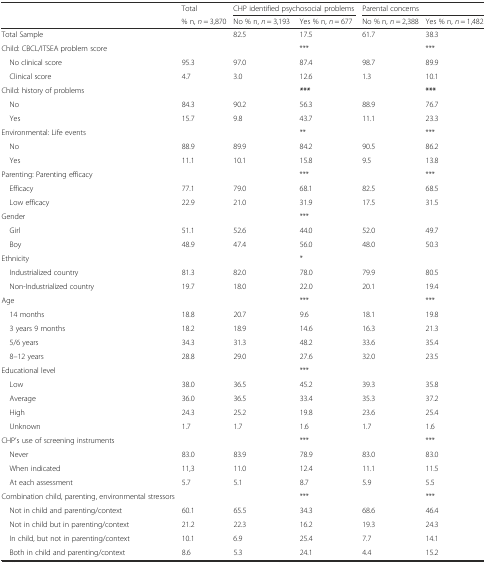
<table><thead><tr><td></td><td><b>Total</b></td><td colspan="2"><b>CHP identified psychosocial problems</b></td><td colspan="2"><b>Parental concerns</b></td></tr><tr><td></td><td><b>% n, <i>n</i> = 3,870</b></td><td><b>No % n, <i>n</i> = 3,193</b></td><td><b>Yes % n, <i>n</i> = 677</b></td><td><b>No % n, <i>n</i> = 2,388</b></td><td><b>Yes % n, <i>n</i> = 1,482</b></td></tr></thead><tbody><tr><td>Total Sample</td><td></td><td>82.5</td><td>17.5</td><td>61.7</td><td>38.3</td></tr><tr><td>Child: CBCL/ITSEA problem score</td><td></td><td></td><td>***</td><td></td><td>***</td></tr><tr><td> No clinical score</td><td>95.3</td><td>97.0</td><td>87.4</td><td>98.7</td><td>89.9</td></tr><tr><td> Clinical score</td><td>4.7</td><td>3.0</td><td>12.6</td><td>1.3</td><td>10.1</td></tr><tr><td>Child: history of problems</td><td></td><td></td><td><b><i>***</i></b></td><td></td><td><b>***</b></td></tr><tr><td> No</td><td>84.3</td><td>90.2</td><td>56.3</td><td>88.9</td><td>76.7</td></tr><tr><td> Yes</td><td>15.7</td><td>9.8</td><td>43.7</td><td>11.1</td><td>23.3</td></tr><tr><td>Environmental: Life events</td><td></td><td></td><td>**</td><td></td><td>***</td></tr><tr><td> No</td><td>88.9</td><td>89.9</td><td>84.2</td><td>90.5</td><td>86.2</td></tr><tr><td> Yes</td><td>11.1</td><td>10.1</td><td>15.8</td><td>9.5</td><td>13.8</td></tr><tr><td>Parenting: Parenting efficacy</td><td></td><td></td><td>***</td><td></td><td>***</td></tr><tr><td> Efficacy</td><td>77.1</td><td>79.0</td><td>68.1</td><td>82.5</td><td>68.5</td></tr><tr><td> Low efficacy</td><td>22.9</td><td>21.0</td><td>31.9</td><td>17.5</td><td>31.5</td></tr><tr><td>Gender</td><td></td><td></td><td>***</td><td></td><td></td></tr><tr><td> Girl</td><td>51.1</td><td>52.6</td><td>44.0</td><td>52.0</td><td>49.7</td></tr><tr><td> Boy</td><td>48.9</td><td>47.4</td><td>56.0</td><td>48.0</td><td>50.3</td></tr><tr><td>Ethnicity</td><td></td><td></td><td>*</td><td></td><td></td></tr><tr><td> Industrialized country</td><td>81.3</td><td>82.0</td><td>78.0</td><td>79.9</td><td>80.5</td></tr><tr><td> Non-Industrialized country</td><td>19.7</td><td>18.0</td><td>22.0</td><td>20.1</td><td>19.4</td></tr><tr><td>Age</td><td></td><td></td><td>***</td><td></td><td>***</td></tr><tr><td> 14 months</td><td>18.8</td><td>20.7</td><td>9.6</td><td>18.1</td><td>19.8</td></tr><tr><td> 3 years 9 months</td><td>18.2</td><td>18.9</td><td>14.6</td><td>16.3</td><td>21.3</td></tr><tr><td> 5/6 years</td><td>34.3</td><td>31.3</td><td>48.2</td><td>33.6</td><td>35.4</td></tr><tr><td> 8–12 years</td><td>28.8</td><td>29.0</td><td>27.6</td><td>32.0</td><td>23.5</td></tr><tr><td>Educational level</td><td></td><td></td><td>***</td><td></td><td></td></tr><tr><td> Low</td><td>38.0</td><td>36.5</td><td>45.2</td><td>39.3</td><td>35.8</td></tr><tr><td> Average</td><td>36.0</td><td>36.5</td><td>33.4</td><td>35.3</td><td>37.2</td></tr><tr><td> High</td><td>24.3</td><td>25.2</td><td>19.8</td><td>23.6</td><td>25.4</td></tr><tr><td> Unknown</td><td>1.7</td><td>1.7</td><td>1.6</td><td>1.7</td><td>1.6</td></tr><tr><td>CHP’s use of screening instruments</td><td></td><td></td><td>***</td><td></td><td>***</td></tr><tr><td> Never</td><td>83.0</td><td>83.9</td><td>78.9</td><td>83.0</td><td>83.0</td></tr><tr><td> When indicated</td><td>11,3</td><td>11.0</td><td>12.4</td><td>11.1</td><td>11.5</td></tr><tr><td> At each assessment</td><td>5.7</td><td>5.1</td><td>8.7</td><td>5.9</td><td>5.5</td></tr><tr><td>Combination child, parenting, environmental stressors</td><td></td><td></td><td>***</td><td></td><td>***</td></tr><tr><td> Not in child and parenting/context</td><td>60.1</td><td>65.5</td><td>34.3</td><td>68.6</td><td>46.4</td></tr><tr><td> Not in child but in parenting/context</td><td>21.2</td><td>22.3</td><td>16.2</td><td>19.3</td><td>24.3</td></tr><tr><td> In child, but not in parenting/context</td><td>10.1</td><td>6.9</td><td>25.4</td><td>7.7</td><td>14.1</td></tr><tr><td> Both in child and parenting/context</td><td>8.6</td><td>5.3</td><td>24.1</td><td>4.4</td><td>15.2</td></tr></tbody></table>